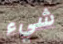
شيء